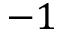
- 1